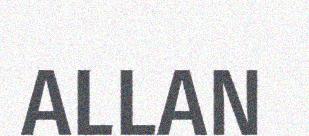
ALLAN